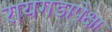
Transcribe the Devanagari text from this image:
रायगडापेक्षा